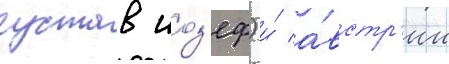
густав иоз'еф) и́ а́встр'ии